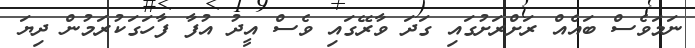
ނަމަވެސް ބައެއް ރަށްރަށުގައި ގަދަ ވާރޭގައި ވެސް އީދު އުފާ ފާހަގަކުރަމުން ދިޔަ